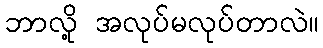
ဘာလို့ အလုပ်မလုပ်တာလဲ။